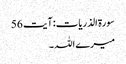
سورۃ الذریات: آیت 56
میرے اللہ ۔